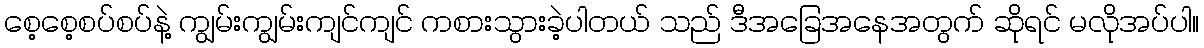
စေ့စေ့စပ်စပ်နဲ့ ကျွမ်းကျွမ်းကျင်ကျင် ကစားသွားခဲ့ပါတယ် သည် ဒီအခြေအနေအတွက် ဆိုရင် မလိုအပ်ပါ။